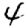
Digit: 4